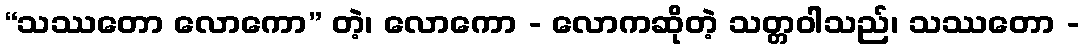
“သဿတော လောကော” တဲ့၊ လောကော - လောကဆိုတဲ့ သတ္တဝါသည်၊ သဿတော -